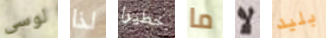
لوسى لذا خطيرا ما لا بليد